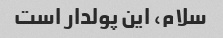
سلام، این پولدار است